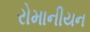
રોમાનીયન